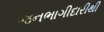
જનભાગીદારીથી